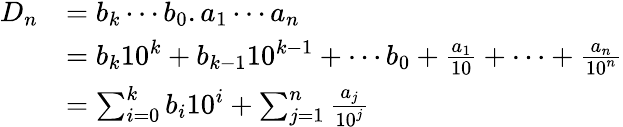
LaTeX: {\begin{array}{rl}{D_{n}}&{=b_{k}\cdots b_{0}.a_{1}\cdots a_{n}}\\ &{=b_{k}10^{k}+b_{k-1}10^{k-1}+\cdots b_{0}+{\frac{a_{1}}{10}}+\cdots+{\frac{a_{n}}{10^{n}}}}\\ &{=\sum_{i=0}^{k}b_{i}10^{i}+\sum_{j=1}^{n}{\frac{a_{j}}{10^{j}}}}\end{array}}